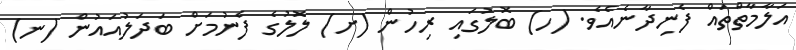
އަލާމާތްތައް ފެނިދާނެއެވެ. (ހ) ބޮލުގައި ރިހުން (ށ) ލޮލުގެ ފެނުމަށް ބަދަލުއައުން (ނ)